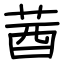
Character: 莤